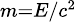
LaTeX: \scriptstyle{m=E/c^{2}}